Vaccination in Bombay 1874-1876 - 1874-1876
Year: 1874
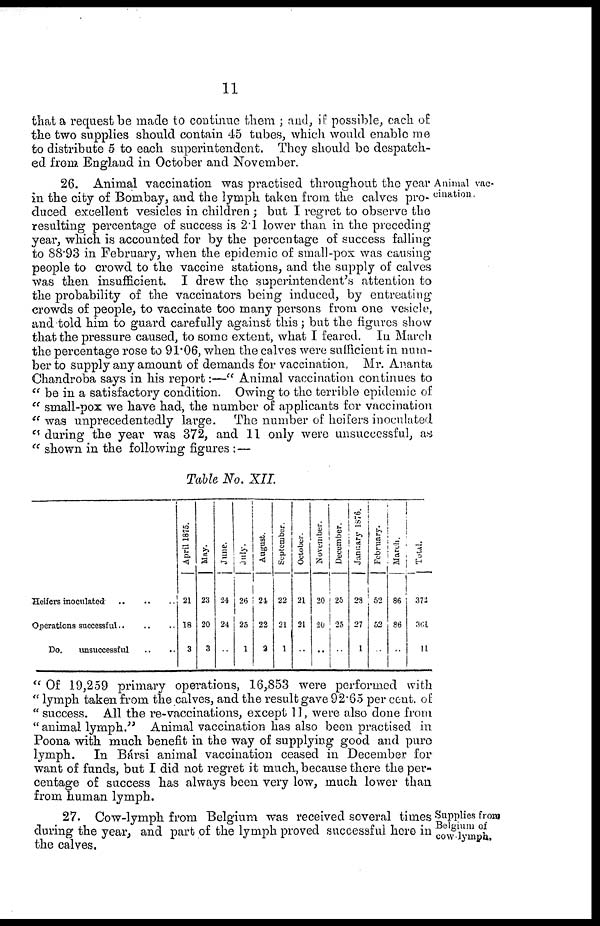
11
that a request be made to continue them ; and, if possible, each of
the two supplies should contain 45 tubes, which would enable me
to distribute 5 to each superintendent. They should be despatch-
ed from England in October and November.
Animal vac-
cination.
26. Animal vaccination was practised throughout the year
in the city of Bombay, and the lymph taken from the calves pro-
duced excellent vesicles in children ; but I regret to observe the
resulting percentage of success is 2.1 lower than in the preceding
year, which is accounted for by the percentage of success falling
to 88.93 in February, when the epidemic of small-pox was causing
people to crowd to the vaccine stations, and the supply of calves
was then insufficient. I drew the superintendent's attention to
the probability of the vaccinators being induced, by entreating
crowds of people, to vaccinate too many persons from one vesicle,
and told him to guard carefully against this ; but the figures show
that the pressure caused, to some extent, what I feared. In March
the percentage rose to 91.06, when the calves were sufficient in num-
ber to supply any amount of demands for vaccination. Mr. Ananta
Chandroba says in his report:—" Animal vaccination continues to
" be in a satisfactory condition. Owing to the terrible epidemic of
" small-pox we have had, the number of applicants for vaccination
" was unprecedentedly large. The number of heifers inoculated
" during the year was 372, and 11 only were unsuccessful, as
" shown in the following figures :—
Table No. XII.
Heifers inoculated
..
..
..
Operations successful .. .. ..
Do.
unsuccessful .. ..
April 1875.
21
18
3
May.
23
20
3
June.
24
24
...
July.
26
25
1
August.
24
22
2
September.
22
21
1
October.
21
21
..
November.
20
20
..
December.
25
25
..
January 1876.
28
27
1
February.
52
52
..
March.
86
86
..
Total.
372
364
11
" Of 19,259 primary operations, 16,853 were performed with
" lymph taken from the calves, and the result gave 92.65 per cent. of
" success. All the re-vaccinations, except 11, were also done from
" animal lymph." Animal vaccination has also been practised in
Poona with much benefit in the way of supplying good and pure
lymph. In Bársi animal vaccination ceased in December for
want of funds, but I did not regret it much, because there the per-
centage of success has always been very low, much lower than
from human lymph.
Supplies from
Belgium of
cow lymph.
27. Cow-lymph from Belgium was received several times
during the year, and part of the lymph proved successful here in
the calves.